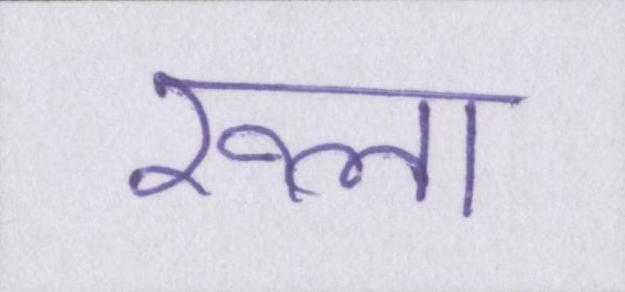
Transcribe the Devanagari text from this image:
रूला